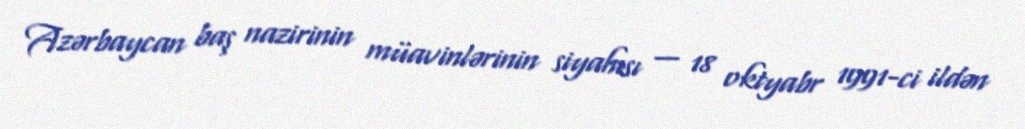
Azərbaycan baş nazirinin müavinlərinin siyahısı — 18 oktyabr 1991-ci ildən